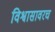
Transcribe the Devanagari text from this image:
विश्वासावरच